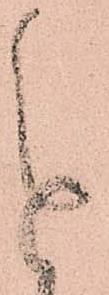
進